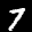
Label: 7